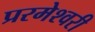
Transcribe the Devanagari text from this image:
प्ररमेश्वरी